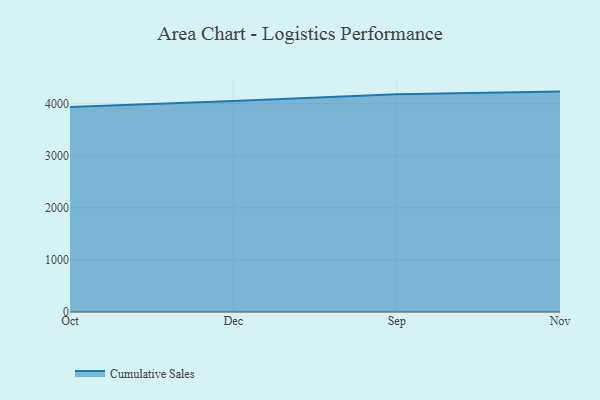
{"axis": {"x": "Month", "y": "Waste Production (Tons)"}, "legend": ["Cumulative Sales"], "data": [{"x": "Oct", "y": 3934.8, "type": "Cumulative Sales"}, {"x": "Dec", "y": 4048.6, "type": "Cumulative Sales"}, {"x": "Sep", "y": 4178.8, "type": "Cumulative Sales"}, {"x": "Nov", "y": 4231.2, "type": "Cumulative Sales"}]}